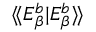
\langle \! \langle E _ { \beta } ^ { b } | E _ { \beta } ^ { b } \rangle \! \rangle